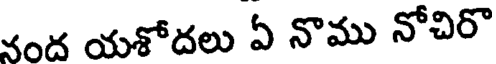
నంద యశోదలు ఏ నొము నోచిరొ